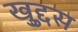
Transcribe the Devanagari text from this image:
खुद्दुस